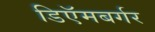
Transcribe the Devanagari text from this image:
डिऍमबर्गर